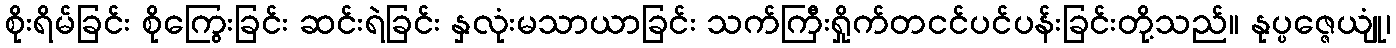
စိုးရိမ်ခြင်း စိုကြွေးခြင်း ဆင်းရဲခြင်း နှလုံးမသာယာခြင်း သက်ကြီးရှိုက်တငင်ပင်ပန်းခြင်းတို့သည်။ နုပ္ပဇ္ဇေယျုံ၊